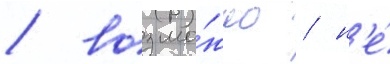
/ возмо́жно / н'е́